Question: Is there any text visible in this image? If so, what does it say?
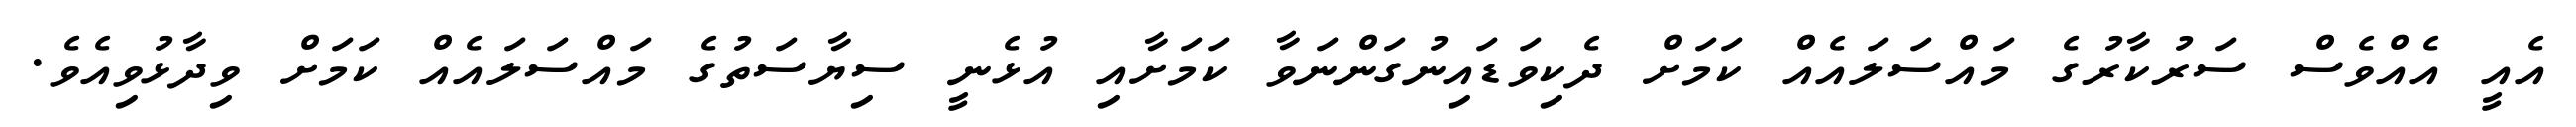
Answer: އެއީ އެއްވެސް ސަރުކާރުގެ މައްސަލައެއް ކަމަށް ދެކިވަޑައިނުގަންނަވާ ކަމަށާއި އުޅެނީ ސިޔާސަތުގެ މައްސަލައެއް ކަމަށް ވިދާޅުވިއެވެ.